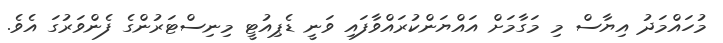
މުހައްމަދު އިޔާސް މި މަގާމަށް އައްޔަންކުރައްވާފައި ވަނީ ޑެޕިއުޓީ މިނިސްޓަރުންގެ ފެންވަރުގަ އެވެ.